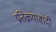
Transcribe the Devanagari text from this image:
प्रतिक्रयावादी